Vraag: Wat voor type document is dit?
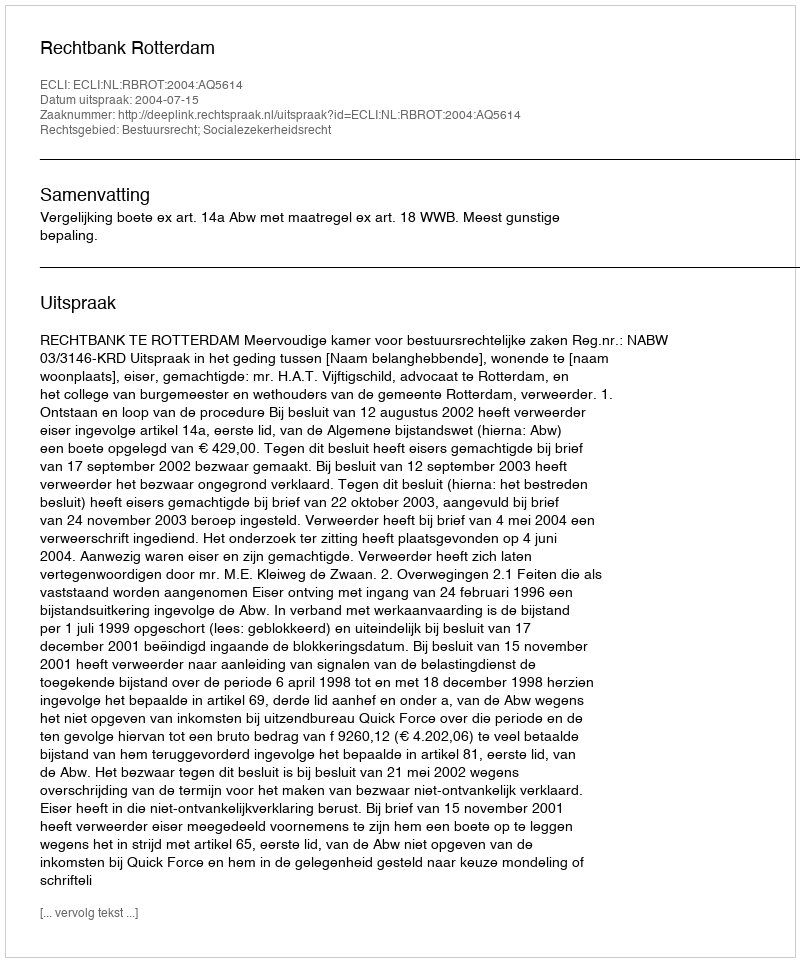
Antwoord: Uitspraak